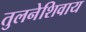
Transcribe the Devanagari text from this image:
तुलनेशिवाय